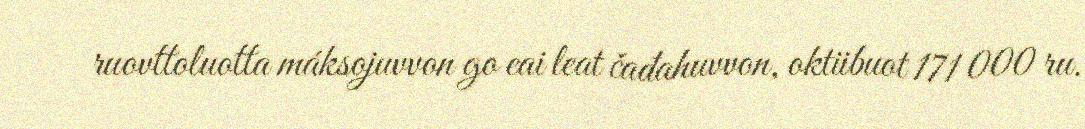
ruovttoluotta máksojuvvon go eai leat čađahuvvon, oktiibuot 171 000 ru.